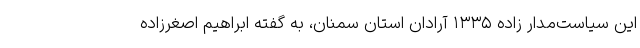
این سیاست‌مدار زاده ۱۳۳۵ آرادان استان سمنان، به گفته ابراهیم اصغرزاده